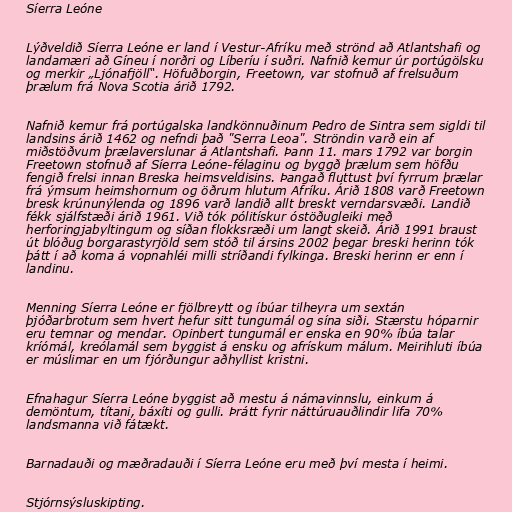
Síerra Leóne

Lýðveldið Síerra Leóne er land í Vestur-Afríku með strönd að Atlantshafi og
landamæri að Gíneu í norðri og Líberíu í suðri. Nafnið kemur úr portúgölsku
og merkir „Ljónafjöll“. Höfuðborgin, Freetown, var stofnuð af frelsuðum
þrælum frá Nova Scotia árið 1792.

Nafnið kemur frá portúgalska landkönnuðinum Pedro de Sintra sem sigldi til
landsins árið 1462 og nefndi það "Serra Leoa". Ströndin varð ein af
miðstöðvum þrælaverslunar á Atlantshafi. Þann 11. mars 1792 var borgin
Freetown stofnuð af Síerra Leóne-félaginu og byggð þrælum sem höfðu
fengið frelsi innan Breska heimsveldisins. Þangað fluttust því fyrrum þrælar
frá ýmsum heimshornum og öðrum hlutum Afríku. Árið 1808 varð Freetown
bresk krúnunýlenda og 1896 varð landið allt breskt verndarsvæði. Landið
fékk sjálfstæði árið 1961. Við tók pólitískur óstöðugleiki með
herforingjabyltingum og síðan flokksræði um langt skeið. Árið 1991 braust
út blóðug borgarastyrjöld sem stóð til ársins 2002 þegar breski herinn tók
þátt í að koma á vopnahléi milli stríðandi fylkinga. Breski herinn er enn í
landinu.

Menning Síerra Leóne er fjölbreytt og íbúar tilheyra um sextán
þjóðarbrotum sem hvert hefur sitt tungumál og sína siði. Stærstu hóparnir
eru temnar og mendar. Opinbert tungumál er enska en 90% íbúa talar
kríómál, kreólamál sem byggist á ensku og afrískum málum. Meirihluti íbúa
er múslimar en um fjórðungur aðhyllist kristni.

Efnahagur Síerra Leóne byggist að mestu á námavinnslu, einkum á
demöntum, títani, báxíti og gulli. Þrátt fyrir náttúruauðlindir lifa 70%
landsmanna við fátækt.

Barnadauði og mæðradauði í Síerra Leóne eru með því mesta í heimi.

Stjórnsýsluskipting.